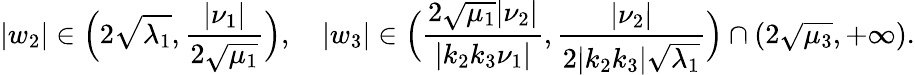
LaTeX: |w_{2}|\in\Big(2\sqrt{\lambda_{1}},\frac{|\nu_{1}|}{2\sqrt{\mu_{1}}}\Big),\quad|w_{3}|\in\Big(\frac{2\sqrt{\mu_{1}}|\nu_{2}|}{|k_{2}k_{3}\nu_{1}|},\frac{|\nu_{2}|}{2|k_{2}k_{3}|\sqrt{\lambda_{1}}}\Big)\cap(2\sqrt{\mu_{3}},+\infty).